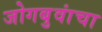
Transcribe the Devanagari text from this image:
जोगबुवांचा